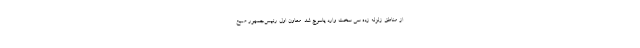
از مناطق زلزله زده سی سخت وارد یاسوج شد. معاون اول رئیس‌جمهور صبح